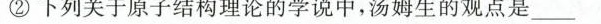
②下列关于原子结构理论的学说中，汤姆生的观点是___